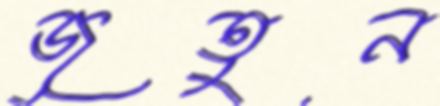
জুতুন